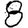
Digit: 8